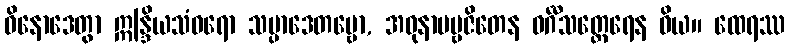
ဝိနောဒေတွာ ဣန္ဒြိယသံဝရော သမ္ပာဒေတဗ္ဗော, အဓုနာပဗ္ဗဇိတေန ဝင်္ဂီသတ္ထေရေန ဝိယ။ ထေရဿ